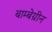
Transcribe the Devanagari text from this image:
बाम्बेग्रीन